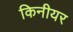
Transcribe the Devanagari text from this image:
किनीयर